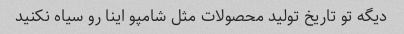
دیگه تو تاریخ تولید محصولات مثل شامپو اینا رو سیاه نکنید